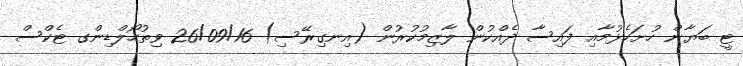
ޓީ ބަޔާން ހުށަހެޅުމާއި ފައިސާ ދެއްކުން ލާޒިމުކުރުން (އިނގިރޭސި) 26/09/16 ވިތުހޯލްޑިންގ ޓެކްސް